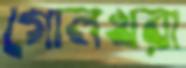
গোলখরা